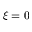
\xi = 0